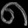
Digit: ၈